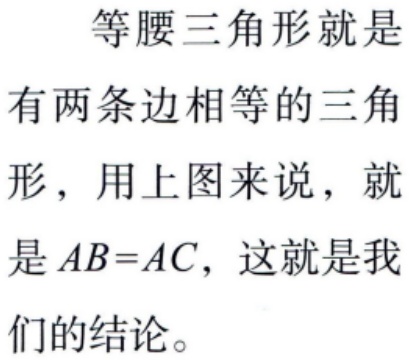
等腰三角形就是有两条边相等的三角形，用上图来说，就是 \(AB = AC\)，这就是我们的结论。